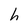
Character: h